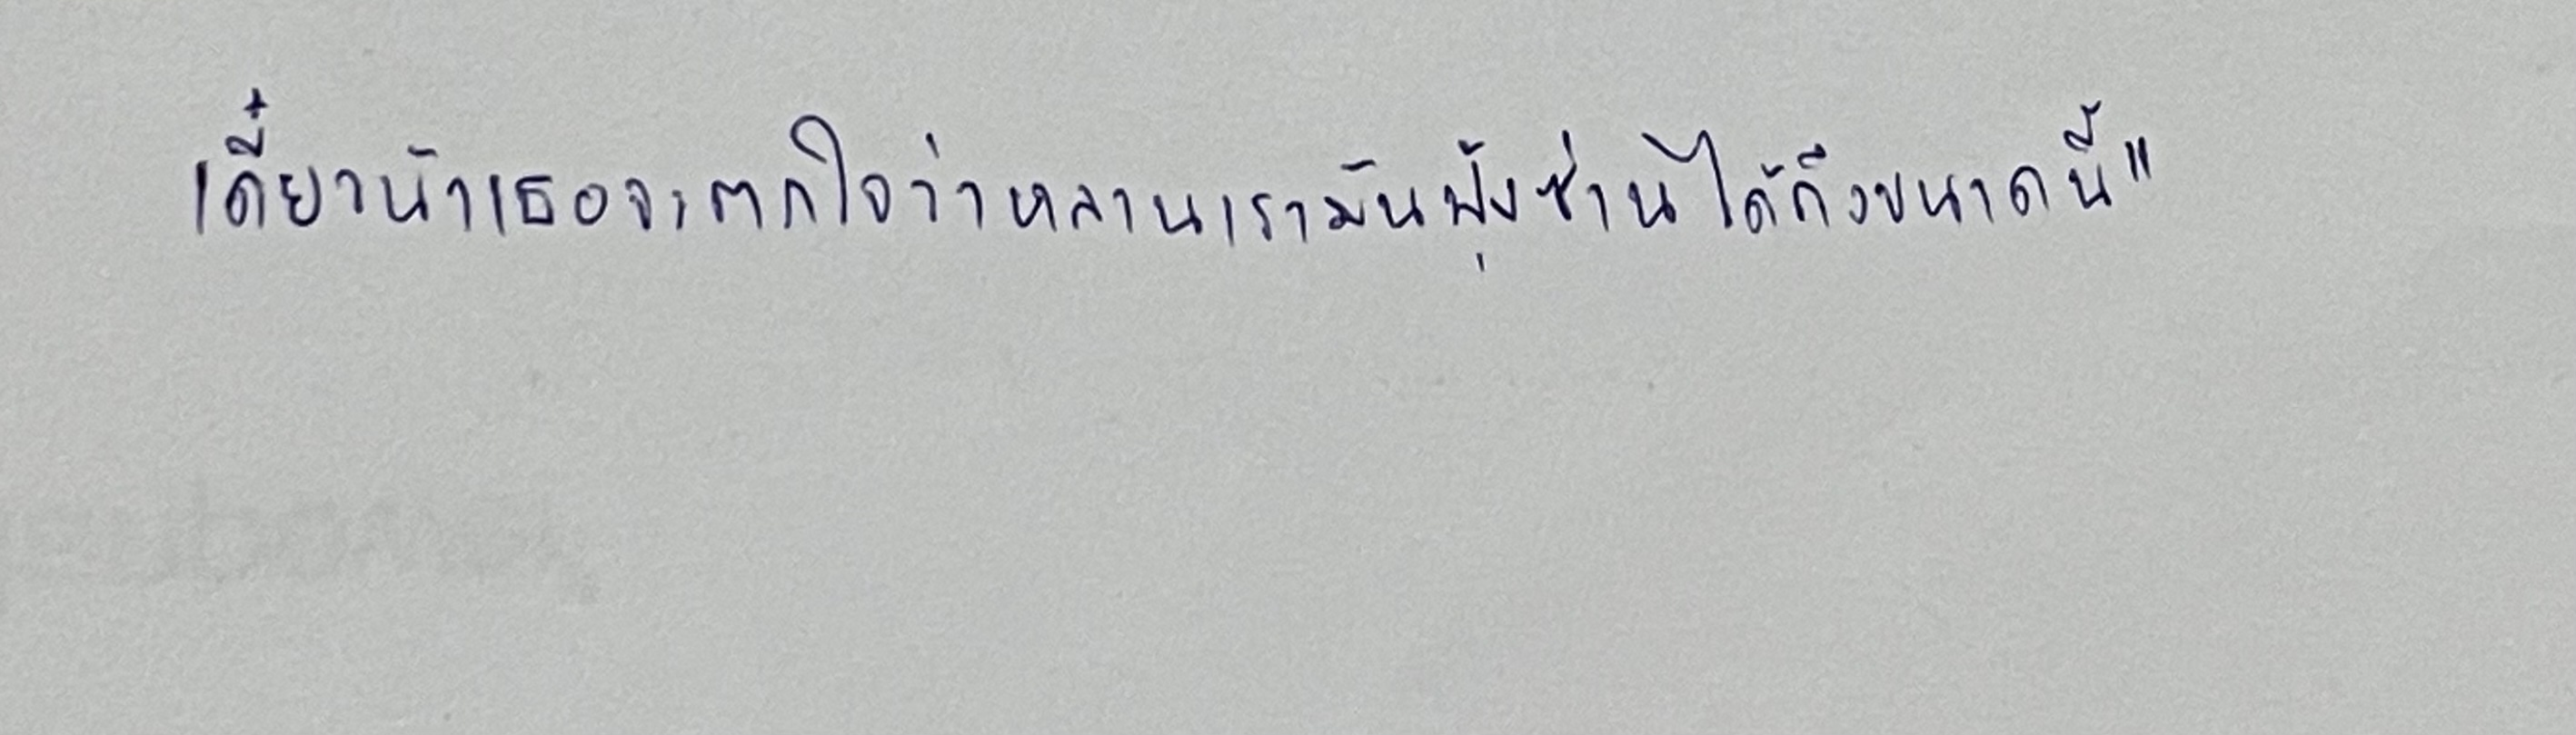
เดี๋ยวน้าเธอจะตกใจว่าหลานเรามันฟุ้งซ่านได้ถึงขนาดนี้"